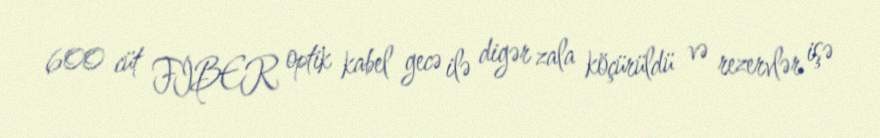
600 cüt FİBER optik kabel gecə ilə digər zala köçürüldü və rezervlər işə